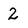
Character: 2